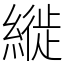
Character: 縰